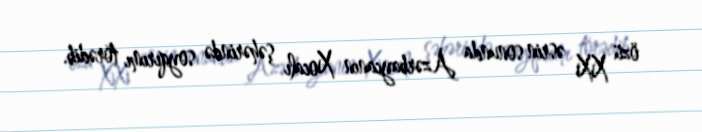
özü XX əsrin sonunda Azərbaycanın Xocalı şəhərində soyqırımı törədib.